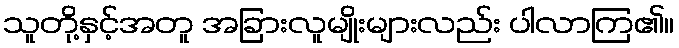
သူတို့နှင့်အတူ အခြားလူမျိုးများလည်း ပါလာကြ၏။